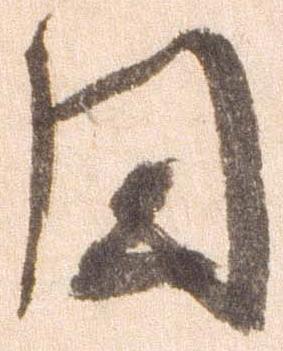
円